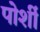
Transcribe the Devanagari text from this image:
पोर्शी